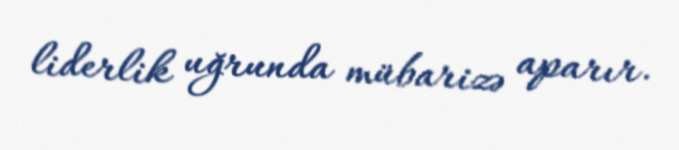
liderlik uğrunda mübarizə aparır.